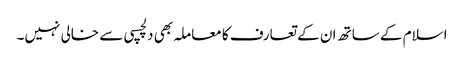
اسلام کے ساتھ ان کے تعارف کا معاملہ بھی دلچسپی سے خالی نہیں۔